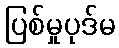
ပြစ်မှုပုဒ်မ